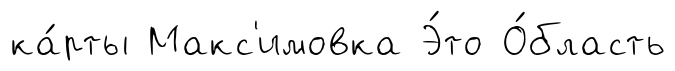
ка́рты Макс'имовка Э́то О́бласть